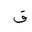
Letter: _qaf